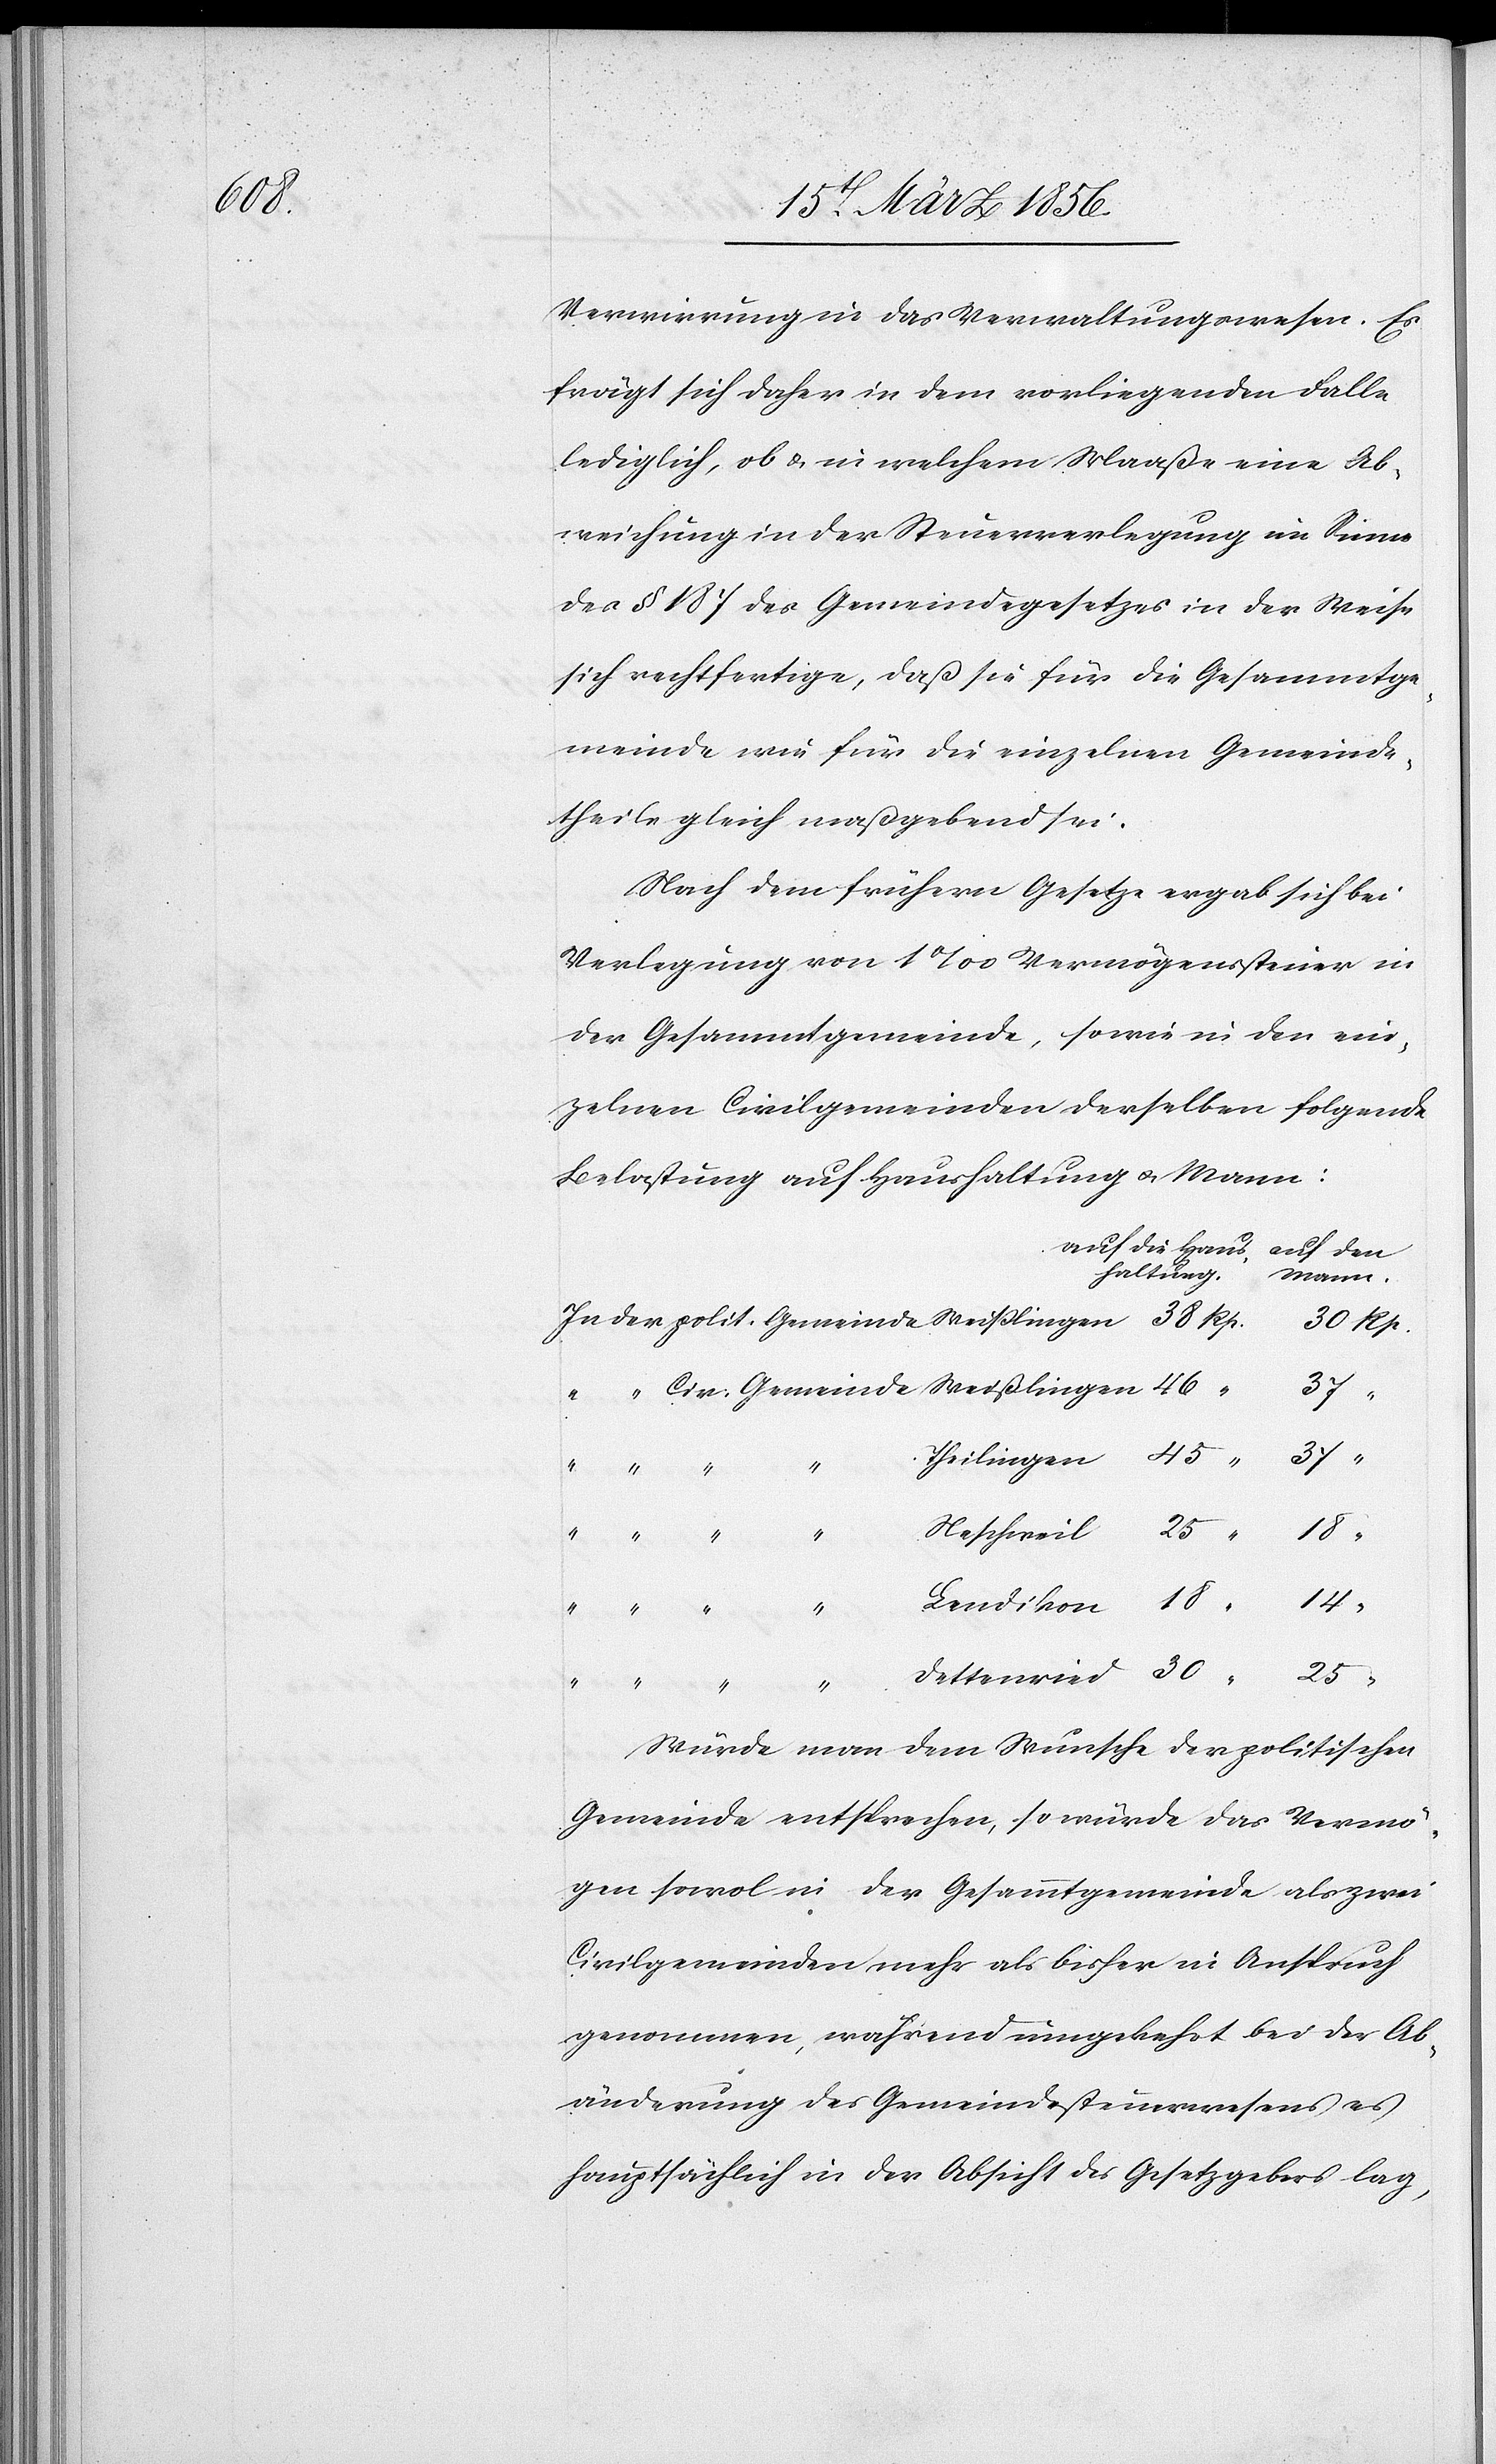
14

Verwirrung in das Verwaltungswesen. Es
frägt sich daher in dem vorliegenden Falle
lediglich, ob & in welchem Maaße eine Ab¬
weichung in der Steuerverlegung im Sinne
des § 187 des Gemeindegesetzes in der Weise
sich rechtfertige, daß sie für die Gesammtge¬
meinde wie für die einzelnen Gemeinde¬
theile gleich maßgebend sei.
Nach dem frühern Gesetze ergab sich bei
Verlegung von 1‰ Vermögenssteuer in
der Gesammtgemeinde, sowie in den ein¬
zelnen Civilgemeinden derselben folgende
Belastung auf Haushaltung u. Mann:
auf die Haus¬
auf den
haltung.
Mann.
37
37
Theilingen
45
Dettenried
Würde man dem Wunsche der politischen
Gemeinde entsprechen, so würde das Vermö¬
gen sowol in der Gesammtgemeinde als zwei
Civilgemeinden mehr als bisher in Anspruch
genommen, während umgekehrt bei der Ab¬
änderung des Gemeindesteuerwesens es
hauptsächlich in der Absicht des Gesetzgebers lag,